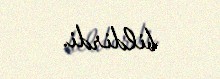
bildirdi.